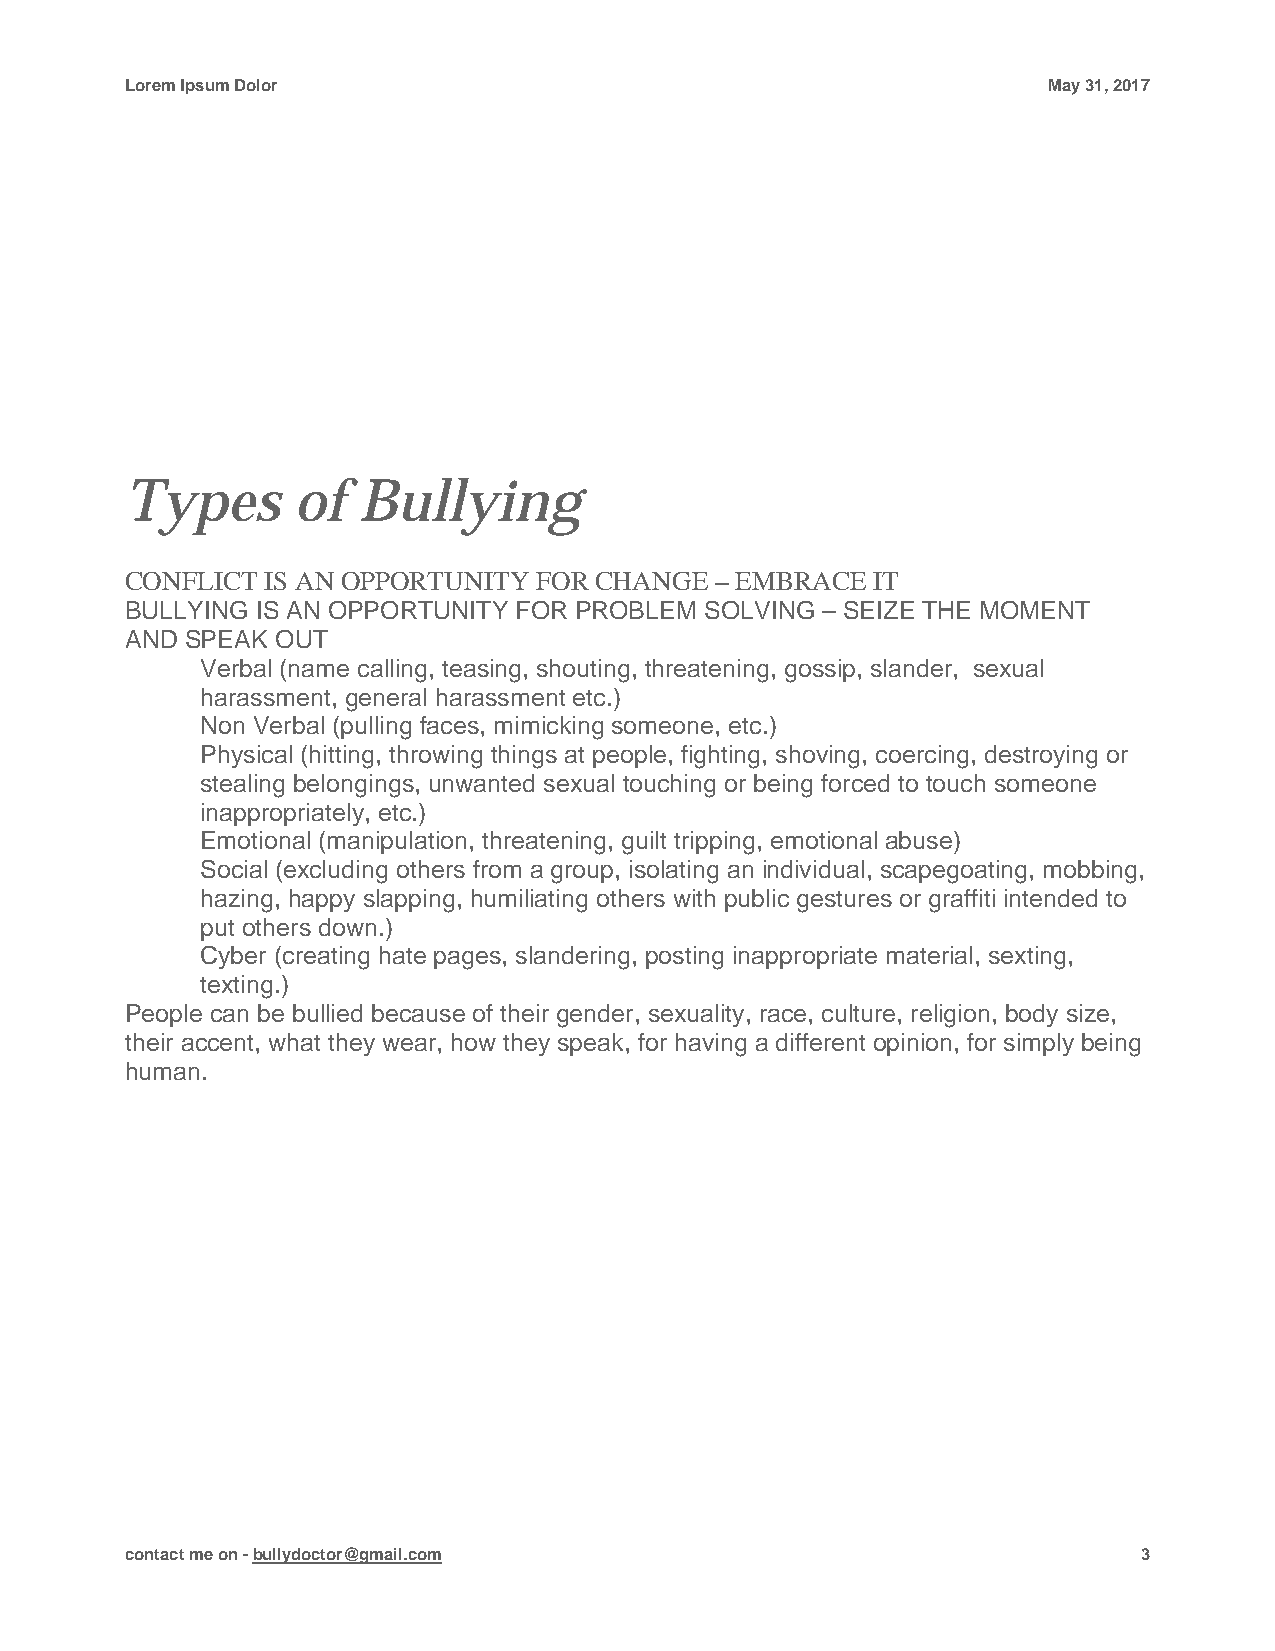
Lorem Ipsum Dolor                                            May 31, 2017
 Types      of   Bullying
 CONFLICT IS AN OPPORTUNITY FOR CHANGE  – EMBRACE  IT
 BULLYING IS AN OPPORTUNITY FOR PROBLEM SOLVING – SEIZE THE MOMENT
 AND SPEAK OUT
 Verbal (name calling, teasing, shouting, threatening, gossip, slander, sexual
 harassment, general harassment etc.)
 Non Verbal (pulling faces, mimicking someone, etc.)
 Physical (hitting, throwing things at people, fighting, shoving, coercing, destroying or
 stealing belongings, unwanted sexual touching or being forced to touch someone
 inappropriately, etc.)
 Emotional (manipulation, threatening, guilt tripping, emotional abuse)
 Social (excluding others from a group, isolating an individual, scapegoating, mobbing,
 hazing, happy slapping, humiliating others with public gestures or graffiti intended to
 put others down.)
 Cyber (creating hate pages, slandering, posting inappropriate material, sexting,
 texting.)
 People can be bullied because of their gender, sexuality, race, culture, religion, body size,
 their accent, what they wear, how they speak, for having a different opinion, for simply being
 human.
 contact me on - bullydoctor@gmail.com                               3